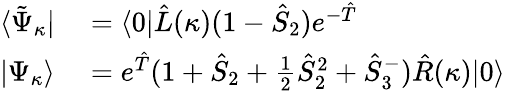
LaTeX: \begin{array}{rl}{\langle\tilde{\Psi}_{\kappa}|}&{{}=\langle 0|\hat{L}(\kappa)(1-\hat{S}_{2})e^{-\hat{T}}}\\ {|\Psi_{\kappa}\rangle}&{{}=e^{\hat{T}}(1+\hat{S}_{2}+\frac{1}{2}\hat{S}_{2}^{2}+\hat{S}_{3}^{-})\hat{R}(\kappa)|0\rangle}\end{array}